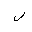
Letter: _lam